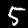
Digit: 5